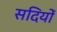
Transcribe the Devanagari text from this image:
सदियोँ